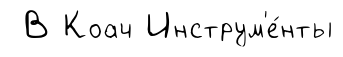
В Коач Инструм'е́нты